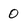
Character: 0